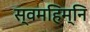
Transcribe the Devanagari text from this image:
स्वमहिम्नि